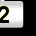
Digit: 2